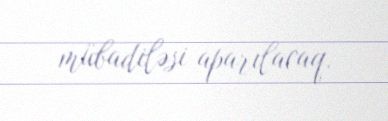
mübadiləsi aparılacaq.